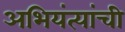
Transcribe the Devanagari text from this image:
अभियंत्यांची